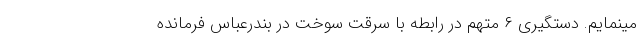
مینمایم. دستگیری ۶ متهم در رابطه با سرقت سوخت در بندرعباس فرمانده